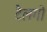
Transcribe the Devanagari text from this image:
टैलगो